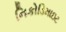
નિકોડિમાઇટ